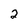
Character: 2